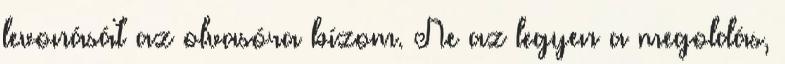
levonását az olvasóra bízom. Ne az legyen a megoldás,